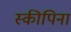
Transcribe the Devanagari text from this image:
स्कीपिना